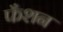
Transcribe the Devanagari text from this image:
फँशन